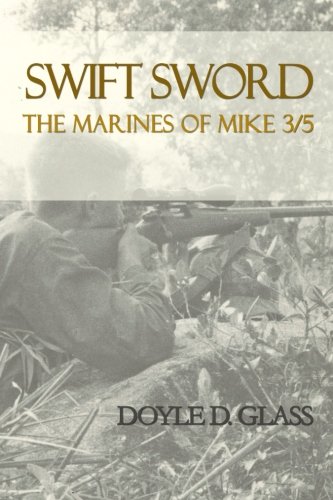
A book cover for Swift Sword: The Marines of Mike 3/5; Doyle D. Glass; History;